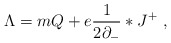
\begin{align*}\Lambda = m Q + e \frac{1}{2\partial_{-}}* J^{+}\ ,\end{align*}